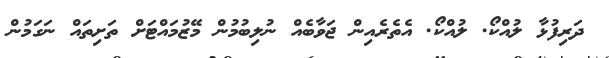
ދަރިފުޅާ ލުއްކޯ. ލުއްކޯ. އެތެރެއިން ޖަވާބެއް ނުލިބުމުން މޭޒުމައްޓަށް ތަށިތައް ނަގަމުން